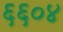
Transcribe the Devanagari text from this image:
६६०४